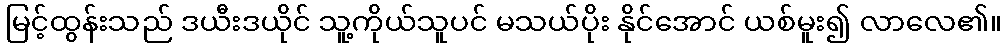
မြင့်ထွန်းသည် ဒယီးဒယိုင် သူ့ကိုယ်သူပင် မသယ်ပိုး နိုင်အောင် ယစ်မူး၍ လာလေ၏။